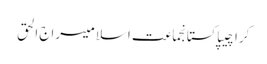
کراچیپاکستانجماعت اسلامیسراج الحق